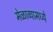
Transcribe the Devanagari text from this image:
मेळाव्यामध्ये